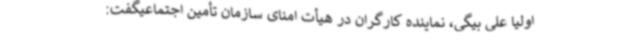
اولیا علی بیگی، نماینده کارگران در هیأت امنای سازمان تأمین اجتماعیگفت: